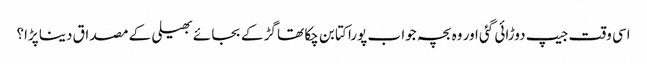
اسی وقت جیپ دوڑائی گئی اور وہ بچہ جوا ب پورا کتا بن چکا تھا گڑ کے بجا ئے بھیلی کے مصداق دینا پڑا؟